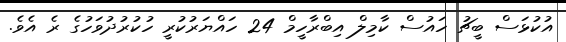
އުކުޅަސް ބީޗު ހައުސް ކާމިލް އިބްރާހީމް 24 ހައްޔަރުކުރީ ހުކުރުދުވަހުގެ ރެ އެވެ.